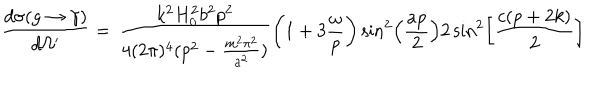
\frac { d \sigma ( g \rightarrow \gamma ) } { d \Omega ^ { \prime } } = \, \frac { k ^ { 2 } H _ { 0 } ^ { 2 } b ^ { 2 } p ^ { 2 } } { 4 ( 2 \pi ) ^ { 4 } ( p ^ { 2 } - \frac { m ^ { 2 } \pi ^ { 2 } } { a ^ { 2 } } ) } \left( 1 + 3 \frac { \omega } { p } \right) \sin ^ { 2 } \left( \frac { a p } { 2 } \right) 2 \sin ^ { 2 } \left[ \frac { c ( p + 2 k ) } { 2 } \right]